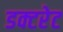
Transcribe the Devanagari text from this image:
डक्टरेट